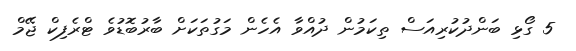
5 ގޯޅި ބަންދުކުރިއަސް ތިކަމުން ދުއްވާ އެހެން މަގުތަކަށް ބާރުބޮޑުވެ ޓްރެފިކް ޖޭމް